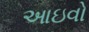
આઇવો